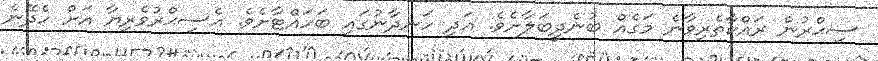
ސިޙްރުން ރައްކާތެރިވާނެ މަގެއް ބުނެދީބަލާށެވެ. އަދި ހަނދާނުގައި ބަހައްޓާށެވެ. އެސިޙްރުވެރިޔާ އަށް ހެދޭނެ